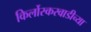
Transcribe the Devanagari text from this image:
किर्लोस्करवाडीच्या